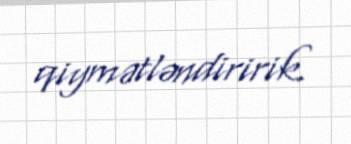
qiymətləndiririk.